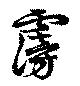
霶